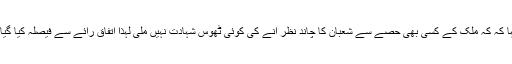
اجلاس کے بعد میڈیا سے گفتگو کرتے ہوئے مفتی منیب الرحمٰن نے کہا کہ کہ ملک کے کسی بھی حصے سے شعبان کا چاند نظر آنے کی کوئی ٹھوس شہادت نہیں ملی لہذا اتفاق رائے سے فیصلہ کیا گیا ہے کہ یکم شعبان بروز بدھ اور شب براآ ت یکم مئی 2018کو ہوگی ۔